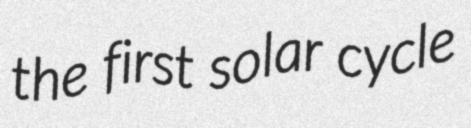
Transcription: the first solar cycle